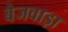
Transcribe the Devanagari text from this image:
बैजवाड़ा